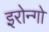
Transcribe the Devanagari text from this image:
इरोन्गो